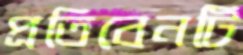
প্রতিবেনটি